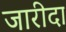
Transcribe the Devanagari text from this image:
जारीदा